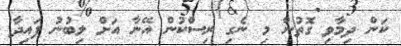
ކަން ދިމާވި ގޮތުން މި ނެގި ރިސްކުން އޭނާ އަށް ލިބުނު ފައިދާ